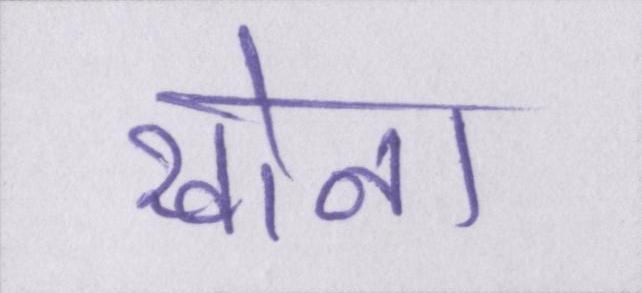
खोना